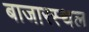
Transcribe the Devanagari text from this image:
बाजारस्थल